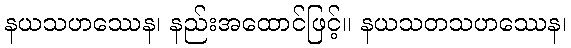
နယသဟဿေန၊ နည်းအထောင်ဖြင့်။ နယသတသဟဿေန၊